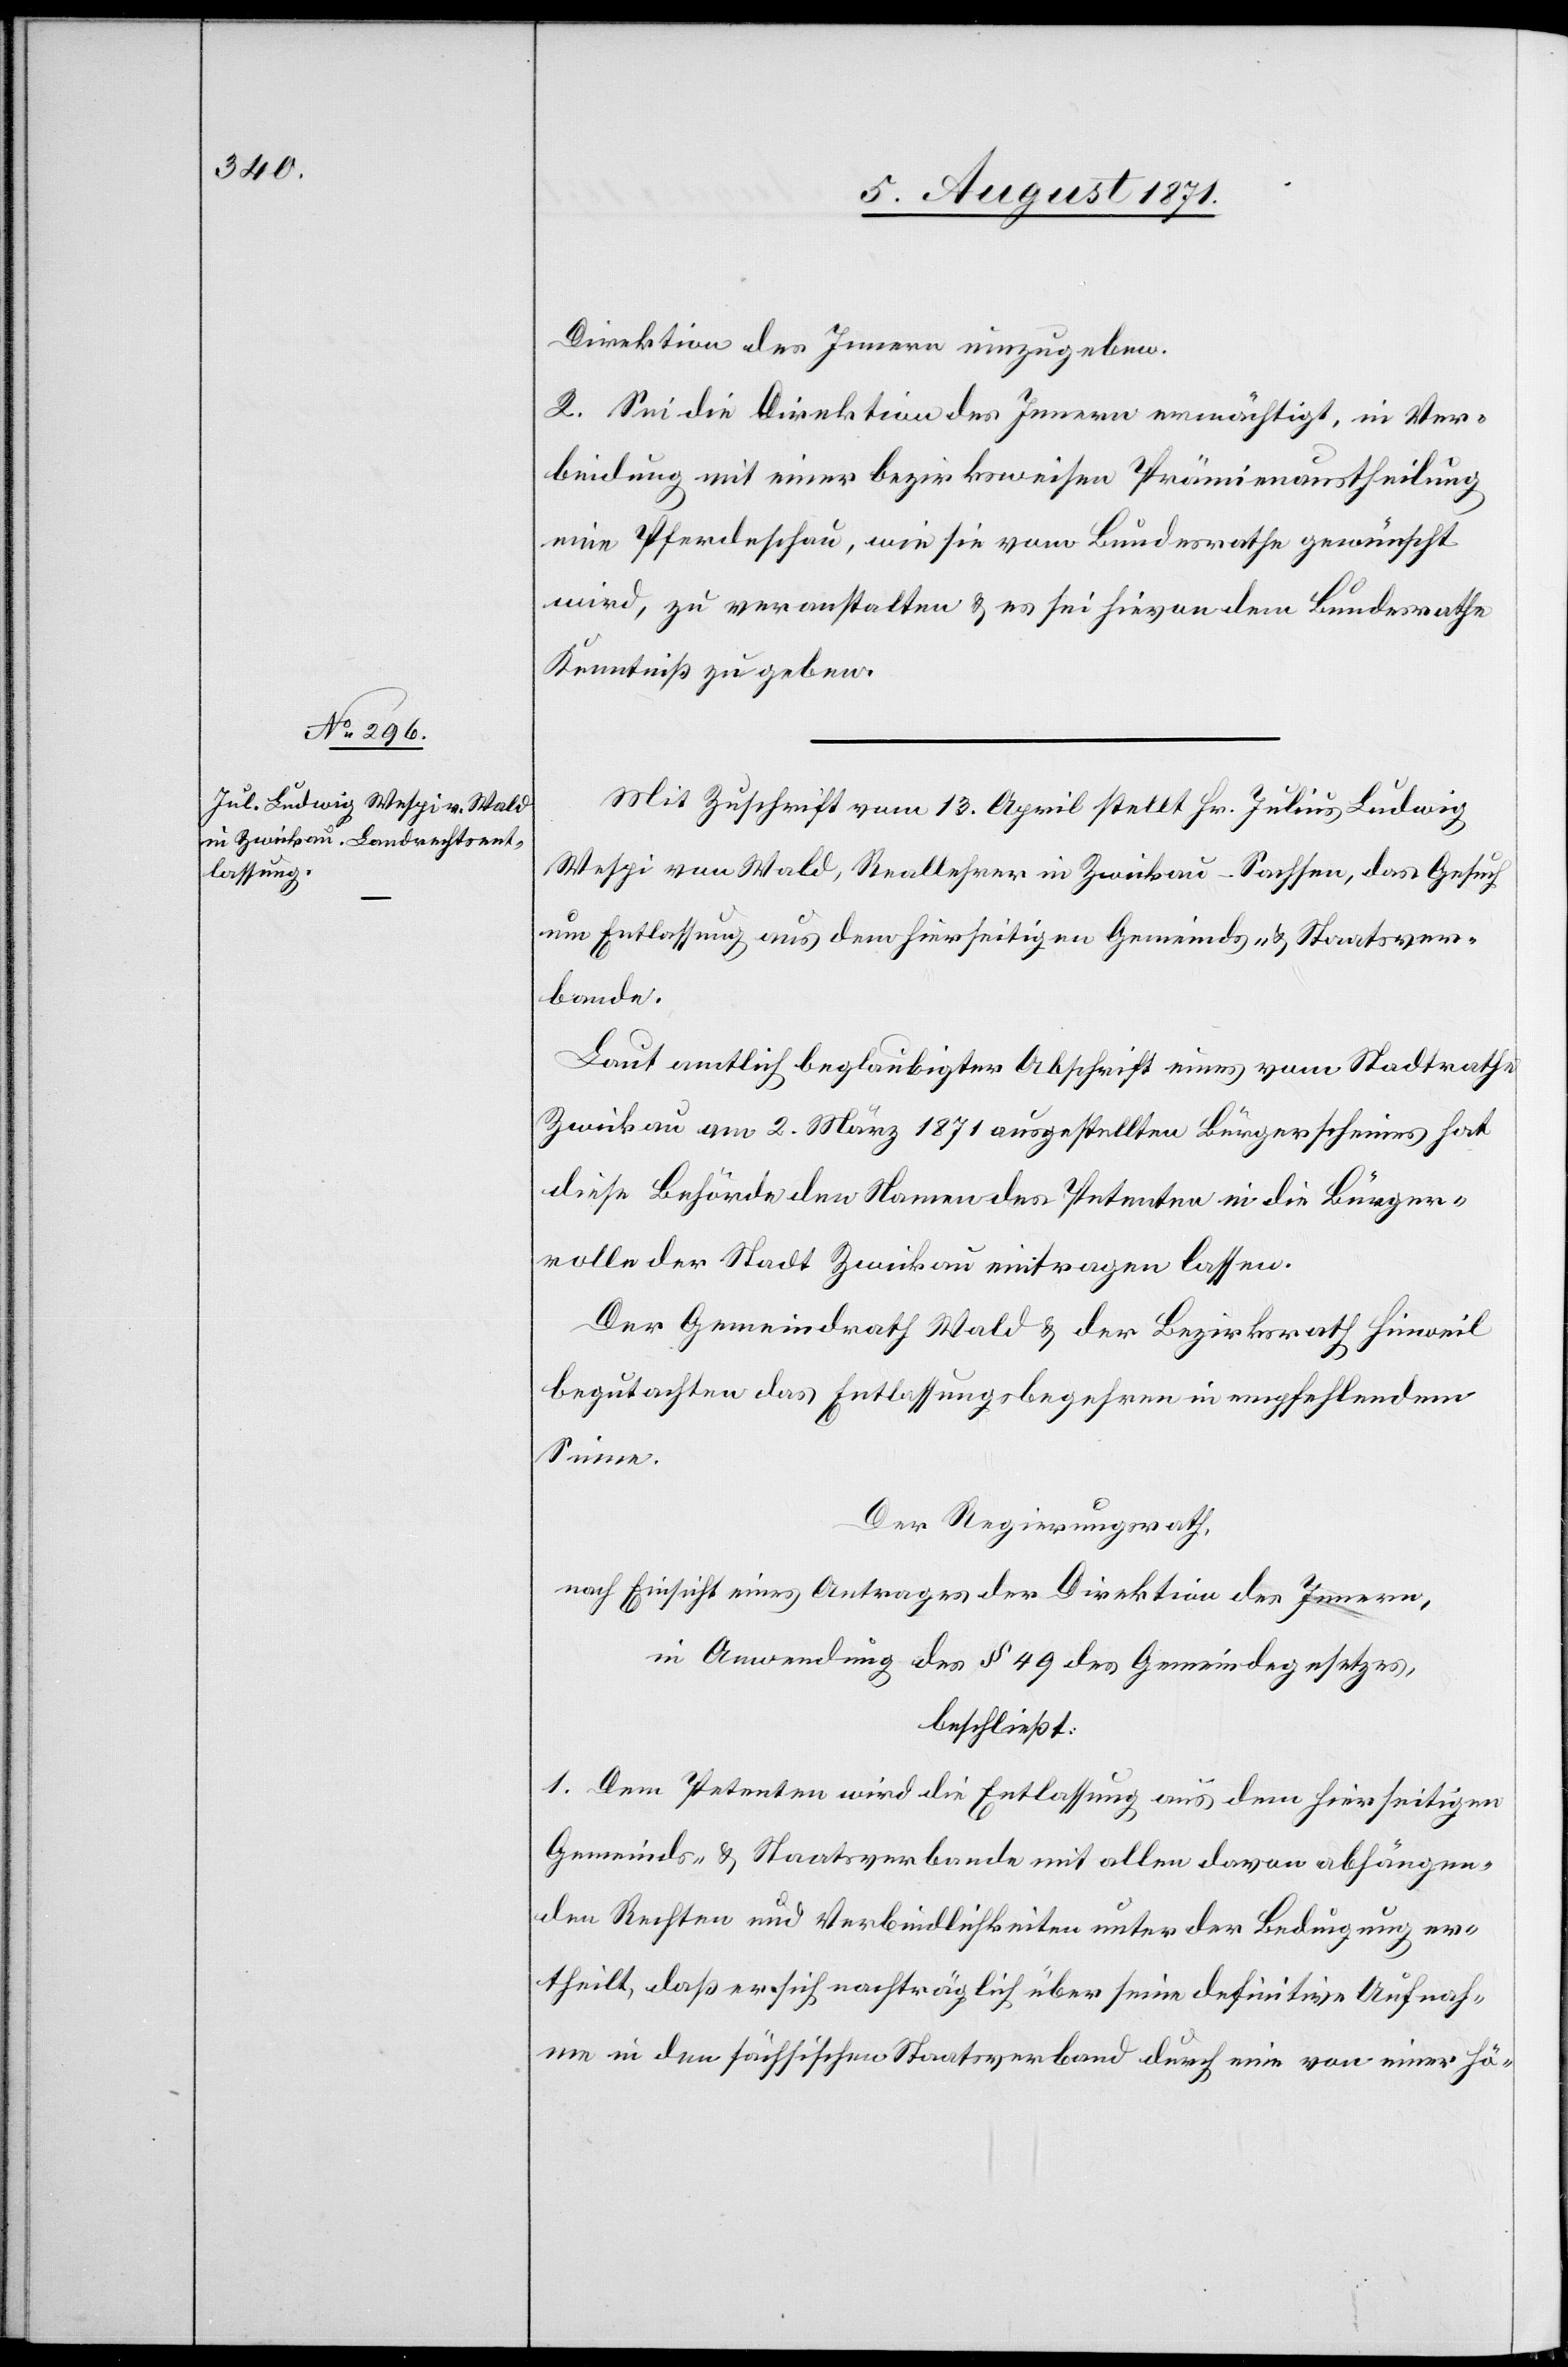
Direktion des Innern einzugeben.
2. Sei die Direktion des Innern ermächtigt, in Ver¬
bindung mit einer bezirksweisen Prämienaustheilung
eine Pferdeschau, wie sie vom Bundesrathe gewünscht
wird, zu veranstalten u. es sei hievon dem Bundesrathe
Kenntniß zu geben.
Mit Zuschrift vom 13. April stellt Hr. Julius Ludwig
Wespi von Wald, Reallehrer in Zwickau-Sachsen, das Gesuch
um Entlassung aus dem hierseitigen Gemeinds- u. Staatsver¬
bande.
Laut amtlich beglaubigter Abschrift eines vom Stadtrathes
Zwickau am 2. März 1871 ausgestellten Bürgerscheins hat
diese Behörde den Namen des Petenten in die Bürger¬
rolle der Stadt Zwickau eintragen lassen.
Der Gemeinde Wald u. der Bezirksrath Hinweil
begutachten das Entlassungsbegehren in empfehlendem
Sinne.
Der Regierungsrath,
nach Einsicht eines Antrages der Direktion des Innern,
in Anwendung des § 49 des Gemeindegesetzes,
beschließt:
1. Dem Petenten wird die Entlassung aus dem hierseitigen
Gemeinds- u. Staatsverbande mit allen davon abhängen¬
den Rechten und Verbindlichkeiten unter der Bedingung er¬
theilt, daß er sich nachträglich über seine definitive Aufnah¬
me in den sächlichen Staatsverband durch eine von einer hö-